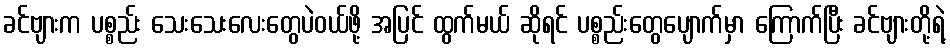
ခင်ဗျားက ပစ္စည်း သေးသေးလေးတွေပဲဝယ်ဖို့ အပြင် ထွက်မယ် ဆိုရင် ပစ္စည်းတွေပျောက်မှာ ကြောက်ပြီး ခင်ဗျားတို့ရဲ့